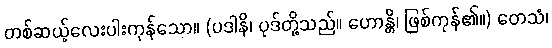
တစ်ဆယ့်လေးပါးကုန်သော။ (ပဒါနိ၊ ပုဒ်တို့သည်။ ဟောန္တိ၊ ဖြစ်ကုန်၏။) တေသံ၊